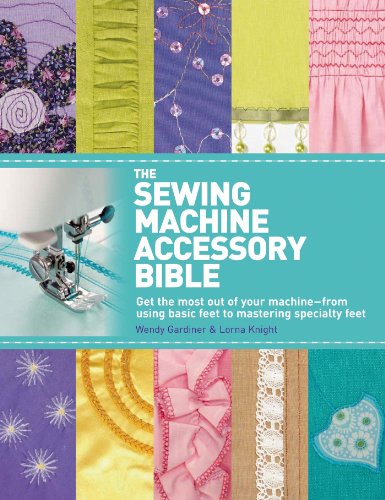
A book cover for The Sewing Machine Accessory Bible: Get the Most Out of Your Machine---From Using Basic Feet to Mastering Specialty Feet; Wendy Gardiner; Crafts, Hobbies & Home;